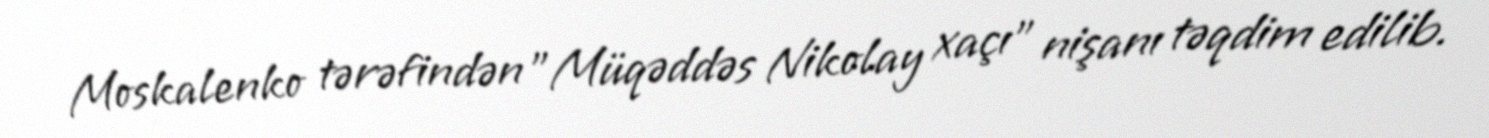
Moskalenko tərəfindən "Müqəddəs Nikolay xaçı" nişanı təqdim edilib.